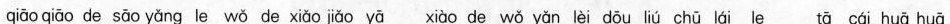
qiāo qiāo de sāo yǎng le wǒ de xiǎo jǎo yā xiào de wǒ yǎn lèi dōu liú chū lái le tā cái huā huā